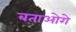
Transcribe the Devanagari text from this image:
बताओगे